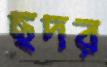
ছদর